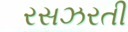
રસઝરતી